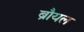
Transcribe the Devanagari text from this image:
ब्रौयल